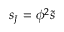
s _ { J } = \phi ^ { 2 } \tilde { s }